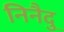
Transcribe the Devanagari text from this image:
निनैदु